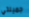
جميلتي